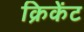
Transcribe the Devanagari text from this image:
क्रिकेंट